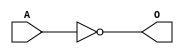
module JINVE(A, O);
input   A;
output  O;
not g0(O, A);
endmodule